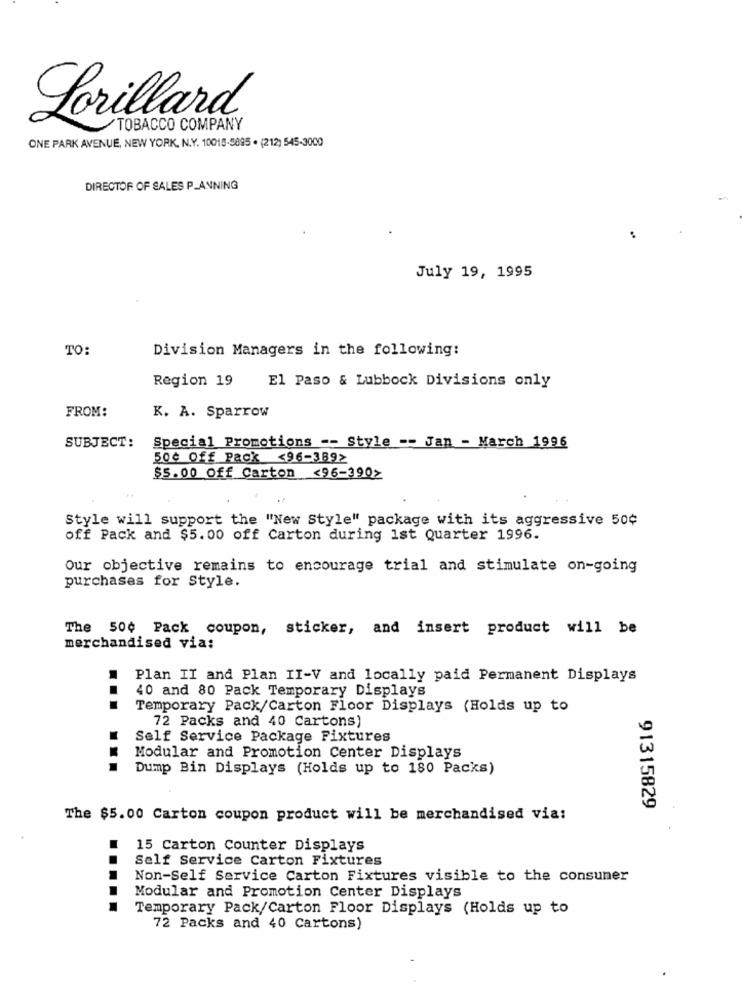
Lorillard
/TOBACCO COMPANY
ONE PARK AVENUE, NEW YORK, N.Y. 10015-5885 . (212) 545-3000
DIRECTOR OF SALES PLANNING
July 19, 1995
TO:
Division Managers in the following:
Region 19
El Paso & Lubbock Divisions only
FROM:
K. A. Sparrow
Special Promotions -- Style -- Jan - March 1996
SUBJECT:
500 Off Pack <96-3892
$5.00 Off Carton <96-390>
Style will support the "New Style" package with its aggressive 50¢
off Pack and $5.00 off Carton during 1st Quarter 1996.
Our objective remains to encourage trial and stimulate on-going
purchases for Style.
The 50¢ Pack coupon, sticker, and insert product will be
merchandised via:
Plan II and Plan II-V and locally paid Permanent Displays
40 and 80 Pack Temporary Displays
Temporary Pack/Carton Floor Displays (Holds up to
72 Packs and 40 Cartons)
Self Service Package Fixtures
Modular and Promotion Center Displays
Dump Bin Displays (Holds up to 180 Packs)
91315829
The $5.00 Carton coupon product will be merchandised via:
15 Carton Counter Displays
Self Service Carton Fixtures
Non-Self Service Carton Fixtures visible to the consumer
Modular and Promotion Center Displays
Temporary Pack/Carton Floor Displays (Holds up to
72 Packs and 40 Cartons)